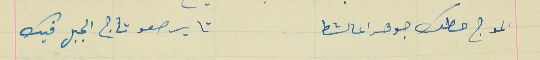
الموج حطك جوهرا عالشط                                      تا يرصعو تاج الجبل فيك